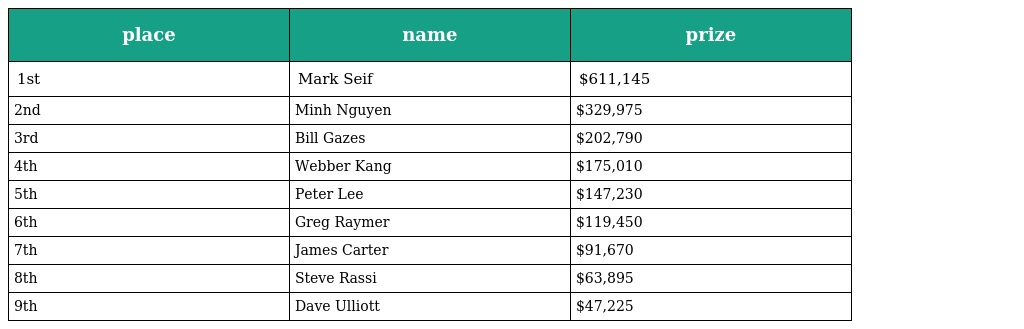
| place | name | prize |
 | --- | --- | --- |
 | 1st | Mark Seif | $611,145 |
 | 2nd | Minh Nguyen | $329,975 |
 | 3rd | Bill Gazes | $202,790 |
 | 4th | Webber Kang | $175,010 |
 | 5th | Peter Lee | $147,230 |
 | 6th | Greg Raymer | $119,450 |
 | 7th | James Carter | $91,670 |
 | 8th | Steve Rassi | $63,895 |
 | 9th | Dave Ulliott | $47,225 |